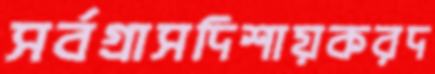
সর্বগ্রাসদিশায়করদ